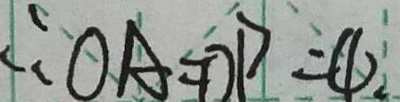
\therefore O A = O P = 4 .